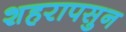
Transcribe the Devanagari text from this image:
शहरापसुन